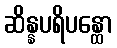
ဆိန္နပရိပန္ထော